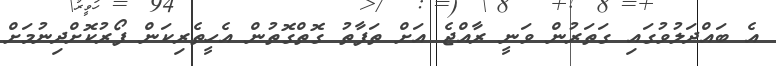
އެ ބައްދަލުވުގައި ގަތަރުން ވަނީ ރާއްޖެ އަށް ތަފާތު ގޮތްގޮތުން އެހީތެރިކަން ފޯރުކޮށްދިނުމަށް